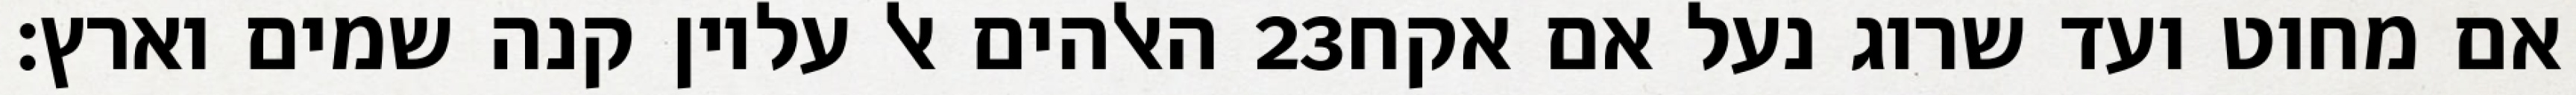
האלהים אל עליון קנה שמים וארץ׃ ‎23‏ אם מחוט ועד שרוג נעל אם אקח